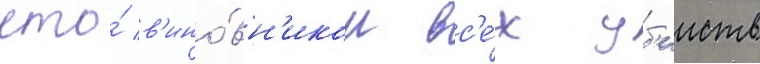
что́ в'ино́вн'иком вс'е́х уб'ииств